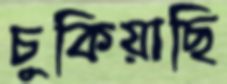
চুকিয়াছি